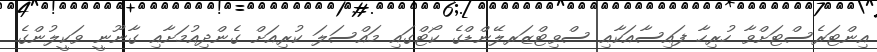
އިންޓަރެސްޓަށްވާ ހުރިހާ ފައިސާއަކާއި ސްވިޓްޒަރލޭންޑްގެ ކޯޓްގައި މައްސަލަ ކުރިއަށް ގެންދިއުމަށާއި ގާނޫނީ ވަކީލުންގެ